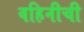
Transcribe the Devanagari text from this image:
वहिनीची